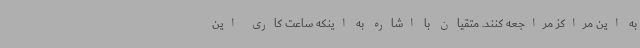
به این مراکز مراجعه کنند. متقیان با اشاره به اینکه ساعت کاری این